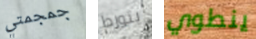
جمجمتي يتورط ينطوي